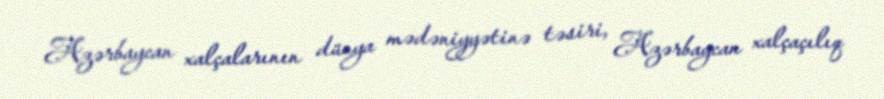
Azərbaycan xalçalarının dünya mədəniyyətinə təsiri, Azərbaycan xalçaçılıq